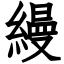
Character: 縵